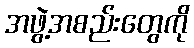
အဖွဲ့အစည်းတွေကို